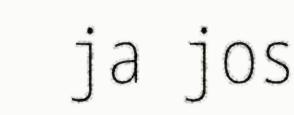
ja jos